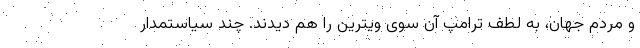
و مردم جهان، به لطف ترامپ آن سوی ویترین را هم دیدند. چند سیاستمدار